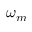
\omega _ { m }